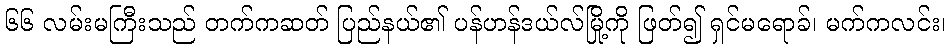
၆၆ လမ်းမကြီးသည် တက်ကဆတ် ပြည်နယ်၏ ပန်ဟန်ဒယ်လ်မြို့ကို ဖြတ်၍ ရှင်မရောခ်၊ မက်ကလင်း၊